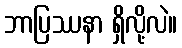
ဘာပြဿနာ ရှိလို့လဲ။